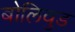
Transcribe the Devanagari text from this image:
बोलिवुड